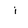
Character: j